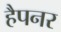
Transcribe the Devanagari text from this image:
हैपनर